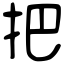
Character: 把